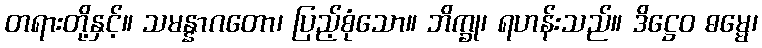
တရားတို့နှင့်။ သမန္နာဂတော၊ ပြည့်စုံသော။ ဘိက္ခု၊ ရဟန်းသည်။ ဒိဋ္ဌေဝ ဓမ္မေ၊